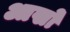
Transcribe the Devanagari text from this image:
आखो